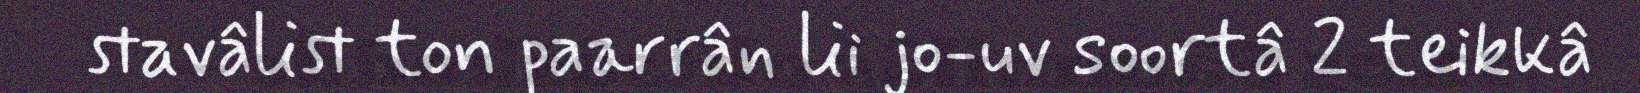
stavâlist ton paarrân lii jo-uv soortâ 2 teikkâ